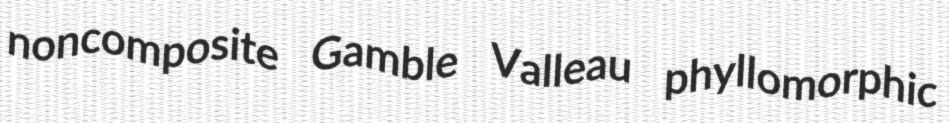
noncomposite Gamble Valleau phyllomorphic